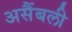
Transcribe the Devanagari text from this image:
असैंबली